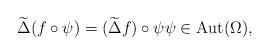
LaTeX: \begin{align*}\widetilde{\Delta}(f\circ \psi)=(\widetilde{\Delta}f)\circ\psi \psi\in \mathrm{Aut}(\Omega),\end{align*}